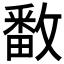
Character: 𫿓